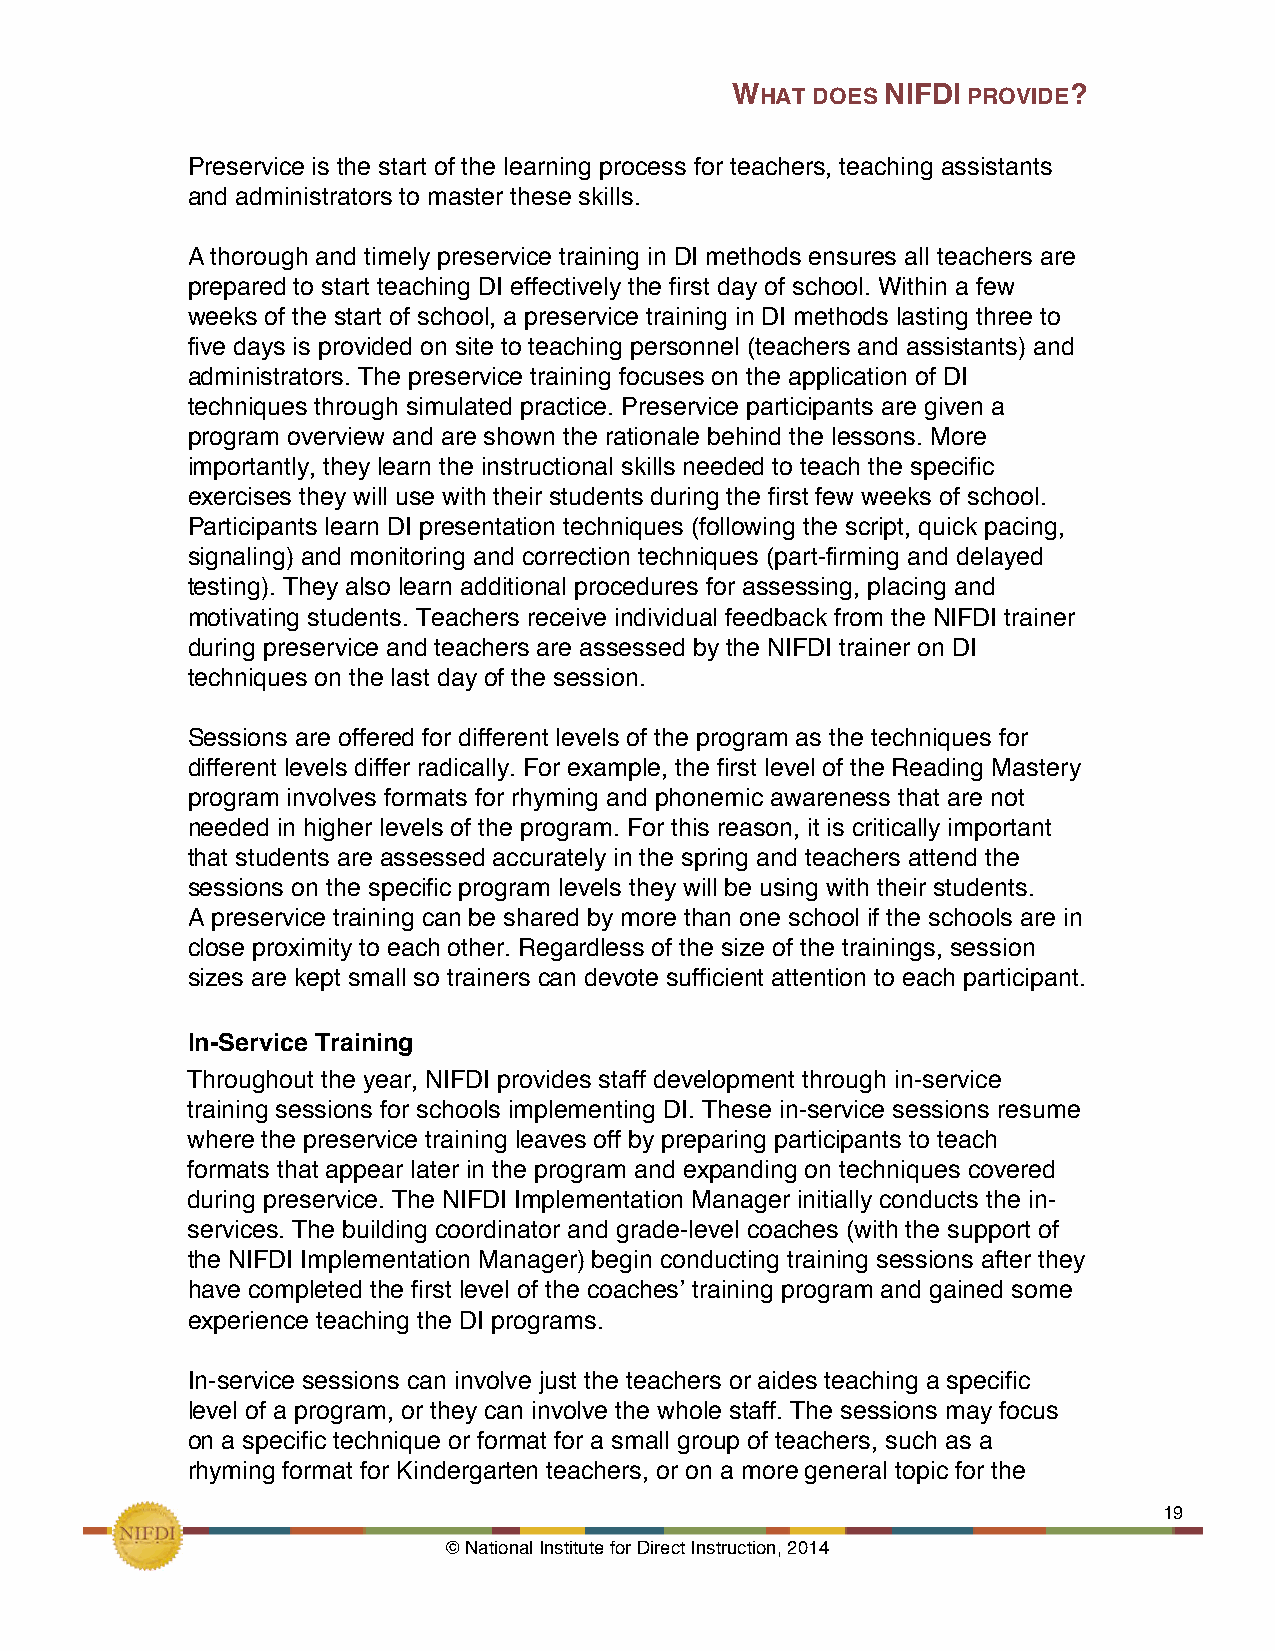
WHAT  DOES NIFDI PROVIDE?
 Preservice is the start of the learning process for teachers, teaching assistants
 and administrators to master these skills.
 A thorough and timely preservice training in DI methods ensures all teachers are
 prepared to start teaching DI effectively the first day of school. Within a few
 weeks of the start of school, a preservice training in DI methods lasting three to
 five days is provided on site to teaching personnel (teachers and assistants) and
 administrators. The preservice training focuses on the application of DI
 techniques through simulated practice. Preservice participants are given a
 program overview and are shown the rationale behind the lessons. More
 importantly, they learn the instructional skills needed to teach the specific
 exercises they will use with their students during the first few weeks of school.
 Participants learn DI presentation techniques (following the script, quick pacing,
 signaling) and monitoring and correction techniques (part-firming and delayed
 testing). They also learn additional procedures for assessing, placing and
 motivating students. Teachers receive individual feedback from the NIFDI trainer
 during preservice and teachers are assessed by the NIFDI trainer on DI
 techniques on the last day of the session.
 Sessions are offered for different levels of the program as the techniques for
 different levels differ radically. For example, the first level of the Reading Mastery
 program involves formats for rhyming and phonemic awareness that are not
 needed in higher levels of the program. For this reason, it is critically important
 that students are assessed accurately in the spring and teachers attend the
 sessions on the specific program levels they will be using with their students.
 A preservice training can be shared by more than one school if the schools are in
 close proximity to each other. Regardless of the size of the trainings, session
 sizes are kept small so trainers can devote sufficient attention to each participant.
 In-Service Training!
 Throughout the year, NIFDI provides staff development through in-service
 training sessions for schools implementing DI. These in-service sessions resume
 where the preservice training leaves off by preparing participants to teach
 formats that appear later in the program and expanding on techniques covered
 during preservice. The NIFDI Implementation Manager initially conducts the in-
 services. The building coordinator and grade-level coaches (with the support of
 the NIFDI Implementation Manager) begin conducting training sessions after they
 have completed the first level of the coaches’ training program and gained some
 experience teaching the DI programs.
 In-service sessions can involve just the teachers or aides teaching a specific
 level of a program, or they can involve the whole staff. The sessions may focus
 on a specific technique or format for a small group of teachers, such as a
 rhyming format for Kindergarten teachers, or on a more general topic for the
 !                                                             19
 © National Institute for Direct Instruction, 2014!